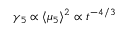
\gamma _ { 5 } \propto \langle \mu _ { 5 } \rangle ^ { 2 } \propto t ^ { - 4 / 3 }